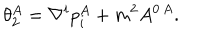
\theta _ { 2 } ^ { A } = \nabla ^ { i } p _ { i } ^ { A } + m ^ { 2 } A ^ { 0 \, A } .